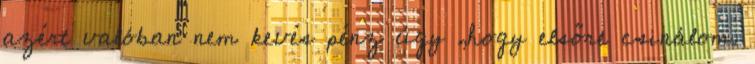
azért valóban nem kevés pénz úgy ,hogy elsőre csinálom.